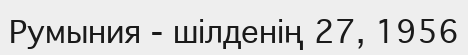
Румыния - шілденің 27, 1956